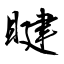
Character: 睷